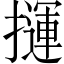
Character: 𢶂